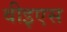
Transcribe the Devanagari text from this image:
वीइएस